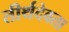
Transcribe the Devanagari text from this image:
तीर्थदेवता